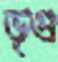
ভৃগু